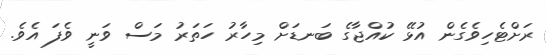
ރަށްޓެހިވެގެން އުޅޭ ކުއްޖާގެ ބަނޑަށް މިހާރު ހަތަރު މަސް ވަނީ ވެފަ އެވެ.